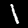
Label: 1